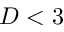
D < 3